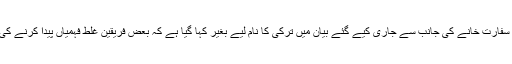
اسلام آباد میں سعودی سفارت خانے کی جانب سے جاری کیے گئے بیان میں ترکی کا نام لیے بغیر کہا گیا ہے کہ بعض فریقین غلط فہمیاں پیدا کرنے کی کوشش کر رہے ہیں۔